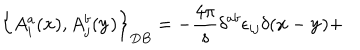
\left\{ A _ { i } ^ { a } ( { \bf x } ) , A _ { j } ^ { b } ( { \bf y } ) \right\} _ { D B } = - \frac { 4 \pi } { s } \delta ^ { a b } \epsilon _ { i j } \delta ( { \bf x } - { \bf y } ) +